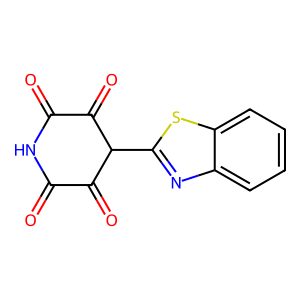
SMILES: O=C1NC(=O)C(=O)C(c2nc3ccccc3s2)C1=O
Inhibits HIV replication: No